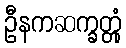
ဦနကဆက္ခတ္တုံ